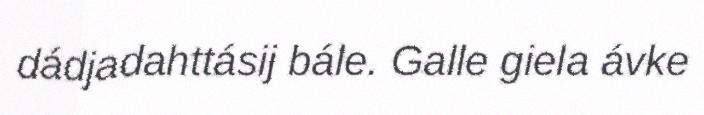
dádjadahttásij bále. Galle giela ávke